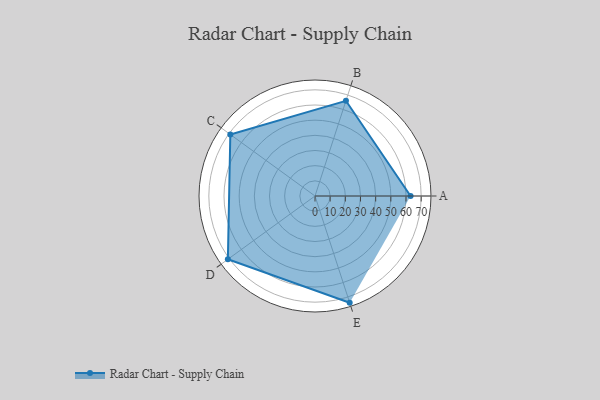
{"axis": {"x": "Skill", "y": "Score"}, "legend": ["Profile"], "data": [{"x": "A", "y": 63.0, "type": "Profile"}, {"x": "B", "y": 66.0, "type": "Profile"}, {"x": "C", "y": 69.0, "type": "Profile"}, {"x": "D", "y": 71.0, "type": "Profile"}, {"x": "E", "y": 74.0, "type": "Profile"}]}